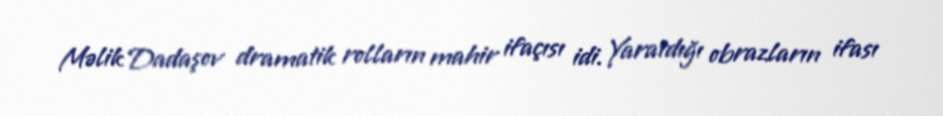
Məlik Dadaşov dramatik rolların mahir ifaçısı idi. Yaratdığı obrazların ifası